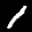
Label: 1